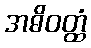
အဓိဝတ္ထံ